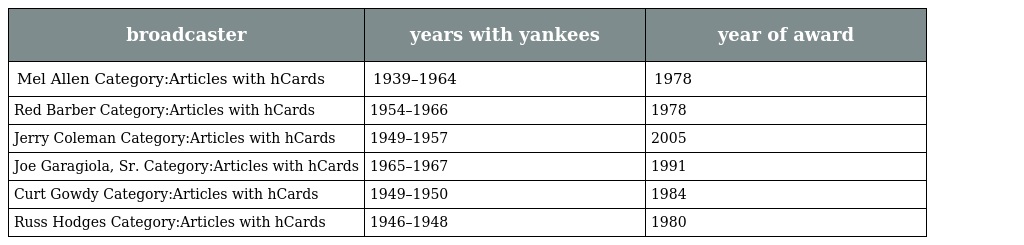
| broadcaster | years with yankees | year of award |
 | --- | --- | --- |
 | Mel Allen Category:Articles with hCards | 1939–1964 | 1978 |
 | Red Barber Category:Articles with hCards | 1954–1966 | 1978 |
 | Jerry Coleman Category:Articles with hCards | 1949–1957 | 2005 |
 | Joe Garagiola, Sr. Category:Articles with hCards | 1965–1967 | 1991 |
 | Curt Gowdy Category:Articles with hCards | 1949–1950 | 1984 |
 | Russ Hodges Category:Articles with hCards | 1946–1948 | 1980 |